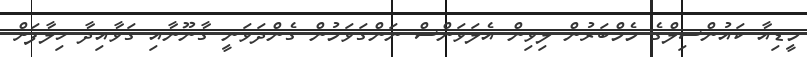
މީޑިއާ ކައުންސިލްގެ މެމްބަރުން ލިވިން އެލަވަންސް ނަންގަވަމުން ގެންދަވަނީ ގާނޫނާއި ގަވާއިދާ ހިލާފަށް